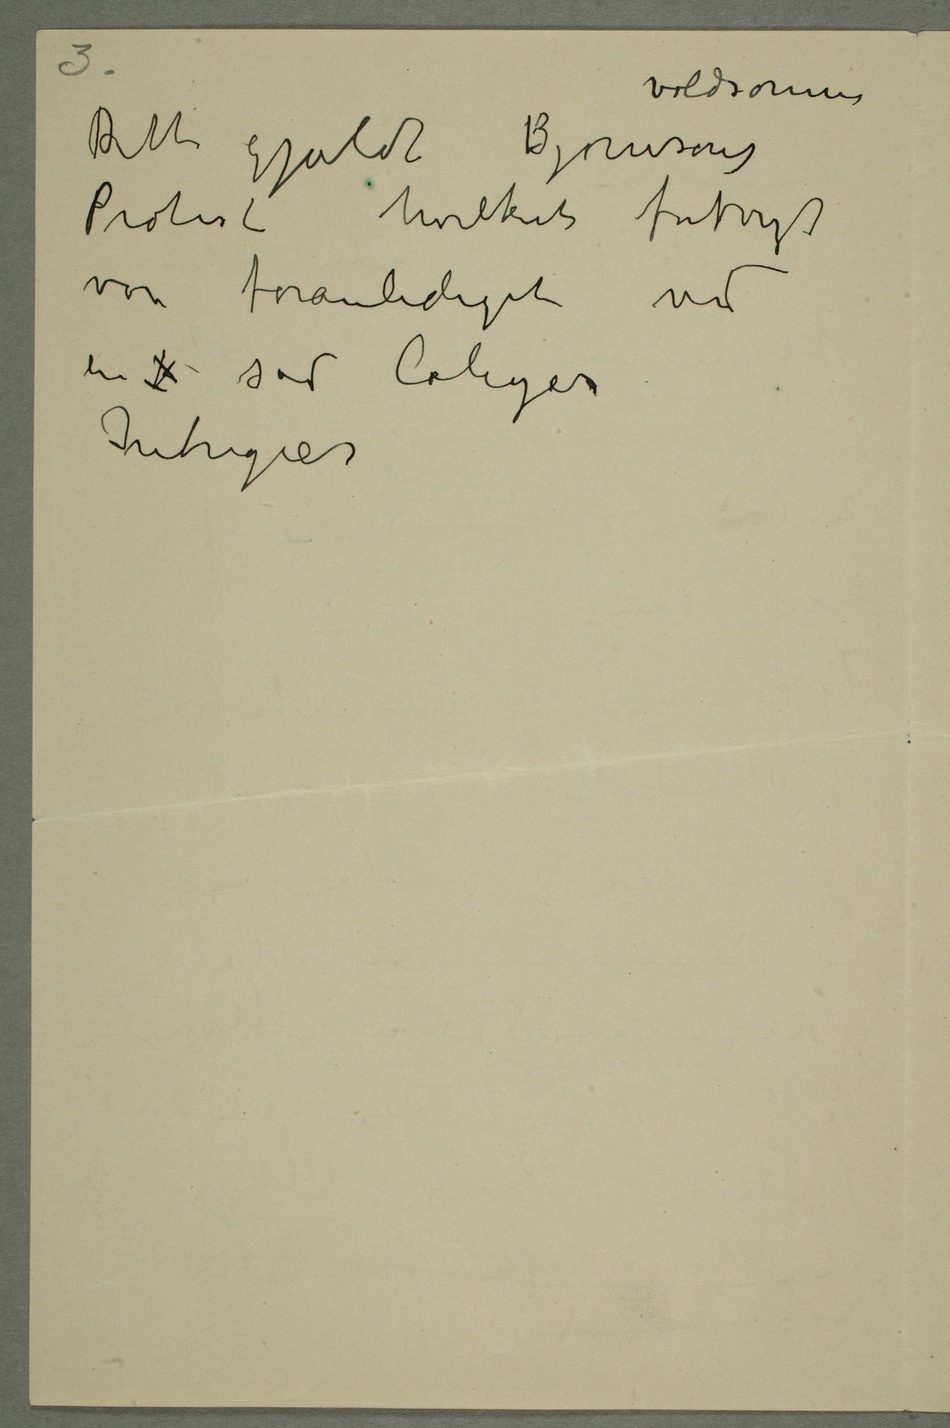
Dette gjaldt Bjørnsons voldsomme
Protesthvilket fortryt
var foranlediget ved
en  sad Colegas
Intriger